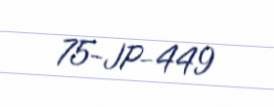
75-JP-449